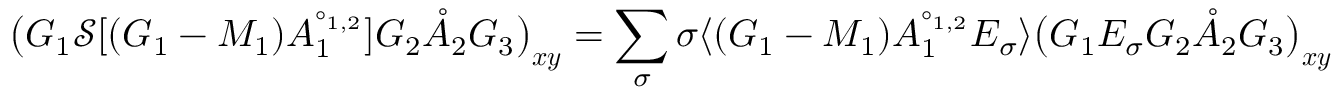
\big ( G _ { 1 } \mathcal { S } [ ( G _ { 1 } - M _ { 1 } ) A _ { 1 } ^ { \circ _ { 1 , 2 } } ] G _ { 2 } \mathring { A } _ { 2 } G _ { 3 } \big ) _ { \boldsymbol { x } \boldsymbol { y } } = \sum _ { \sigma } \sigma \langle ( G _ { 1 } - M _ { 1 } ) A _ { 1 } ^ { \circ _ { 1 , 2 } } E _ { \sigma } \rangle \big ( G _ { 1 } E _ { \sigma } G _ { 2 } \mathring { A } _ { 2 } G _ { 3 } \big ) _ { \boldsymbol { x } \boldsymbol { y } }